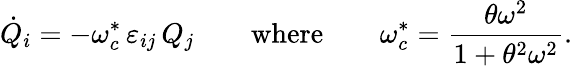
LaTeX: \dot{Q}_{i}=-\omega_{c}^{*}\, \varepsilon_{ij}\, Q_{j}\qquad\mathrm{where}\qquad\omega_{c}^{*}=\frac{\theta\omega^{2}}{1+\theta^{2}\omega^{2}}.